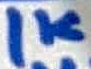
Text: 1K